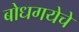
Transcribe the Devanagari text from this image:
बोधगयेचे